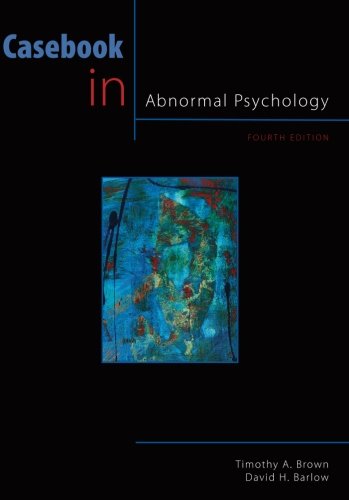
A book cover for Casebook in Abnormal Psychology, 4th Edition (PSY 254 Behavior Problems and Personality); Timothy A. Brown; Medical Books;